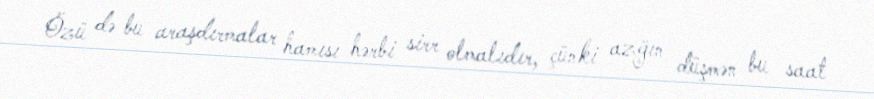
Özü də bu araşdırmalar hamısı hərbi sirr olmalıdır, çünki azğın düşmən bu saat